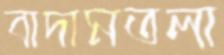
বাদামতলা